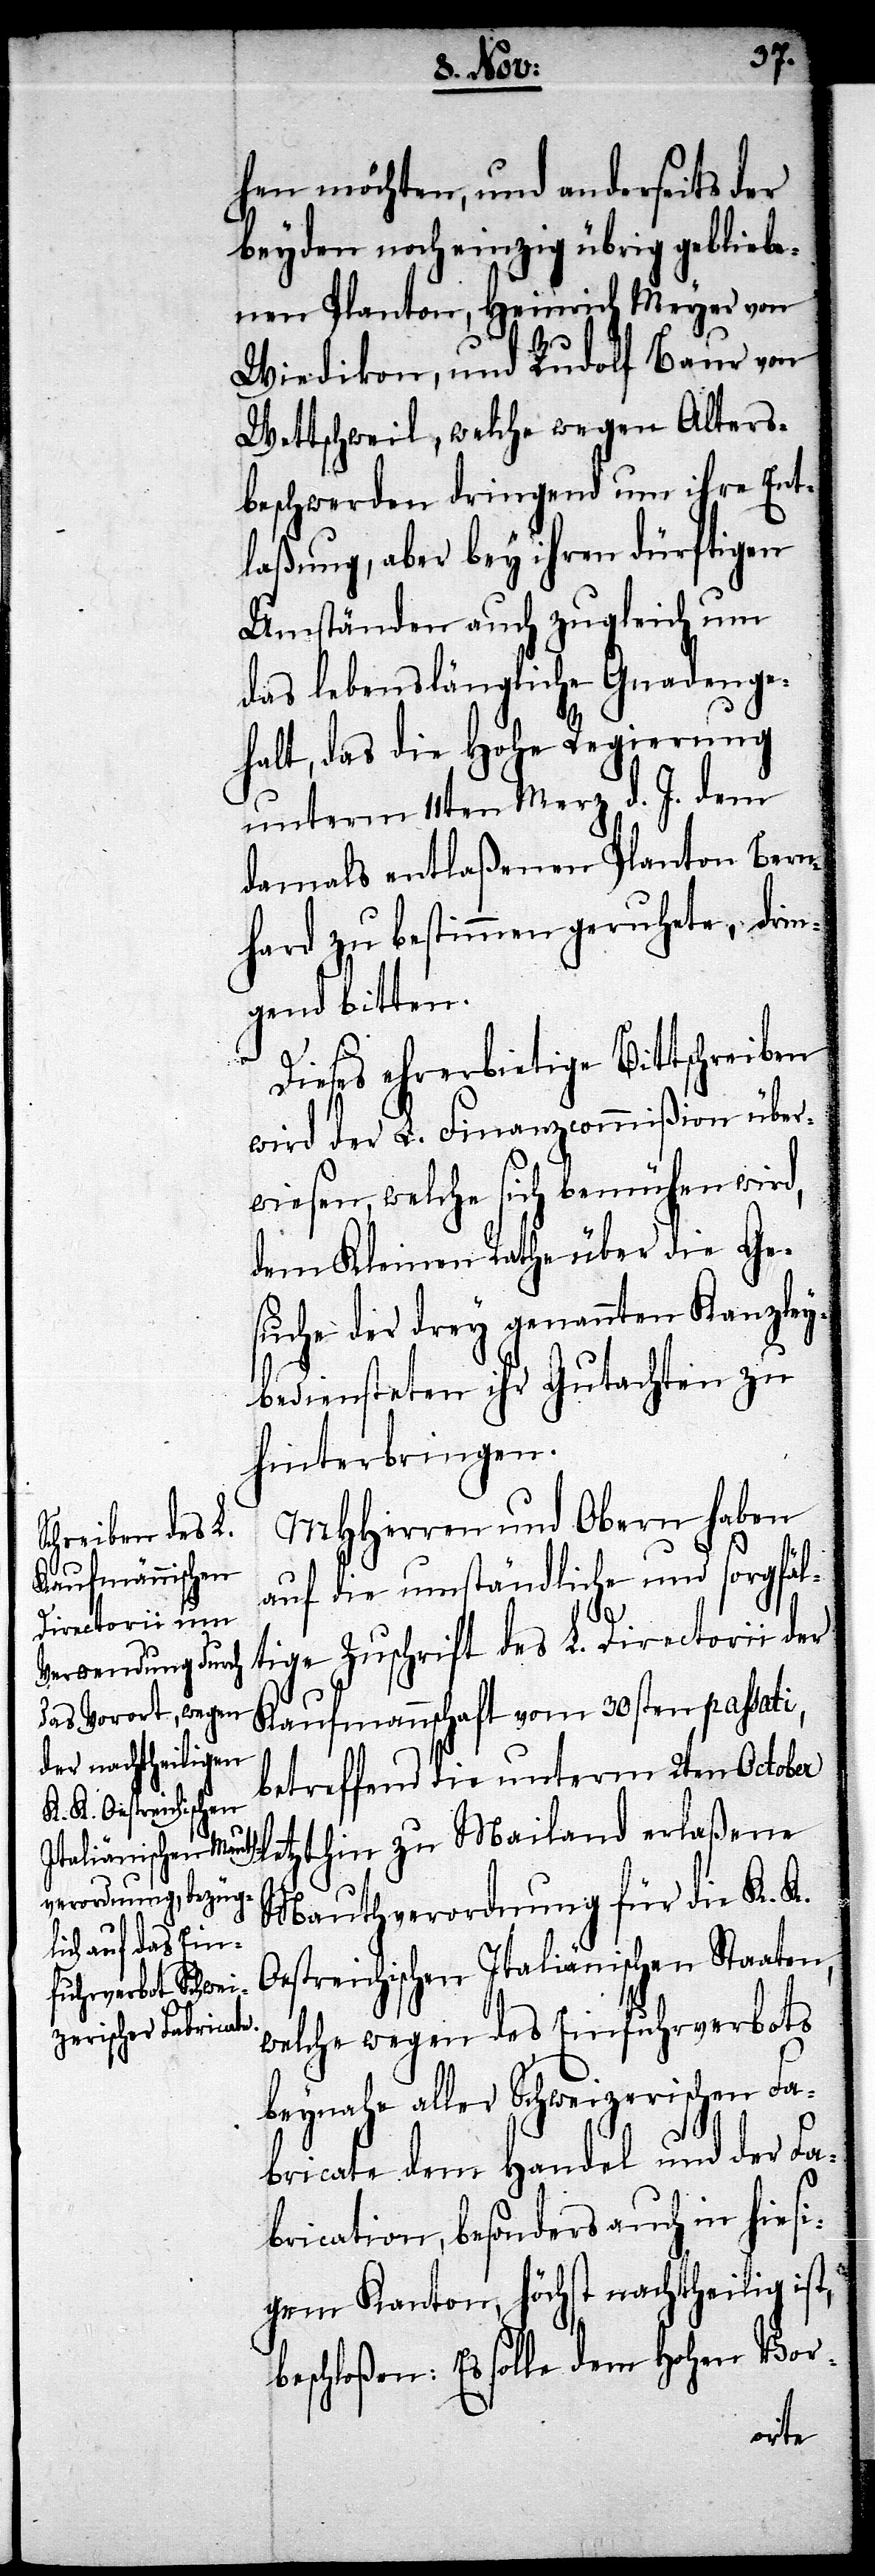
hen möchten, und anderseits der
beyden noch einzig übrig gebliebe¬
nen Planton, Heinrich Meyer von
Wiedikon, und Rudolf Baur von
Wettschweil, welche wegen Alters¬
beschwerden dringend um ihre Ent¬
laßung, aber bey ihren dürftigen
Umständen auch zugleich um
das lebenslängliche Gnadenge¬
halt, das die Hohe Regierung
unterm 22ten Merz d. J. dem
damals entlaßenen Planton Bern¬
hard zu bestimmen geruhete, drin¬
gend bitten.
Dieses ehrerbietige Bittschreiben
wird der L. Finanzcommißion über¬
wiesen, welche sich bemühen wird,
dem Kleinen Rathe über die Ge¬
suche der drey genannten Kanzley¬
bediensteten ihr Gutachten zu
hinterbringen.
MHHerren und Obern haben
auf die umständliche und sorgfäl¬
tige Zuschrift des L. Directorii der
Kaufmannschaft vom 30sten passati,
betreffend die unterm 2ten October
letzthin zu Mailand erlaßene
Mauthverordnung für die K. K.
Oestreichischen Italiänischen Staaten,
welche wegen des Einfuhrverbots
beynahe aller Schweizerischen Fa¬
bricate dem Handel und der Fa¬
brication, besonders auch in hiesi¬
gem Kanton, höchst nachtheilig ist,
beschloßen: Es solle dem Hohen Vor-